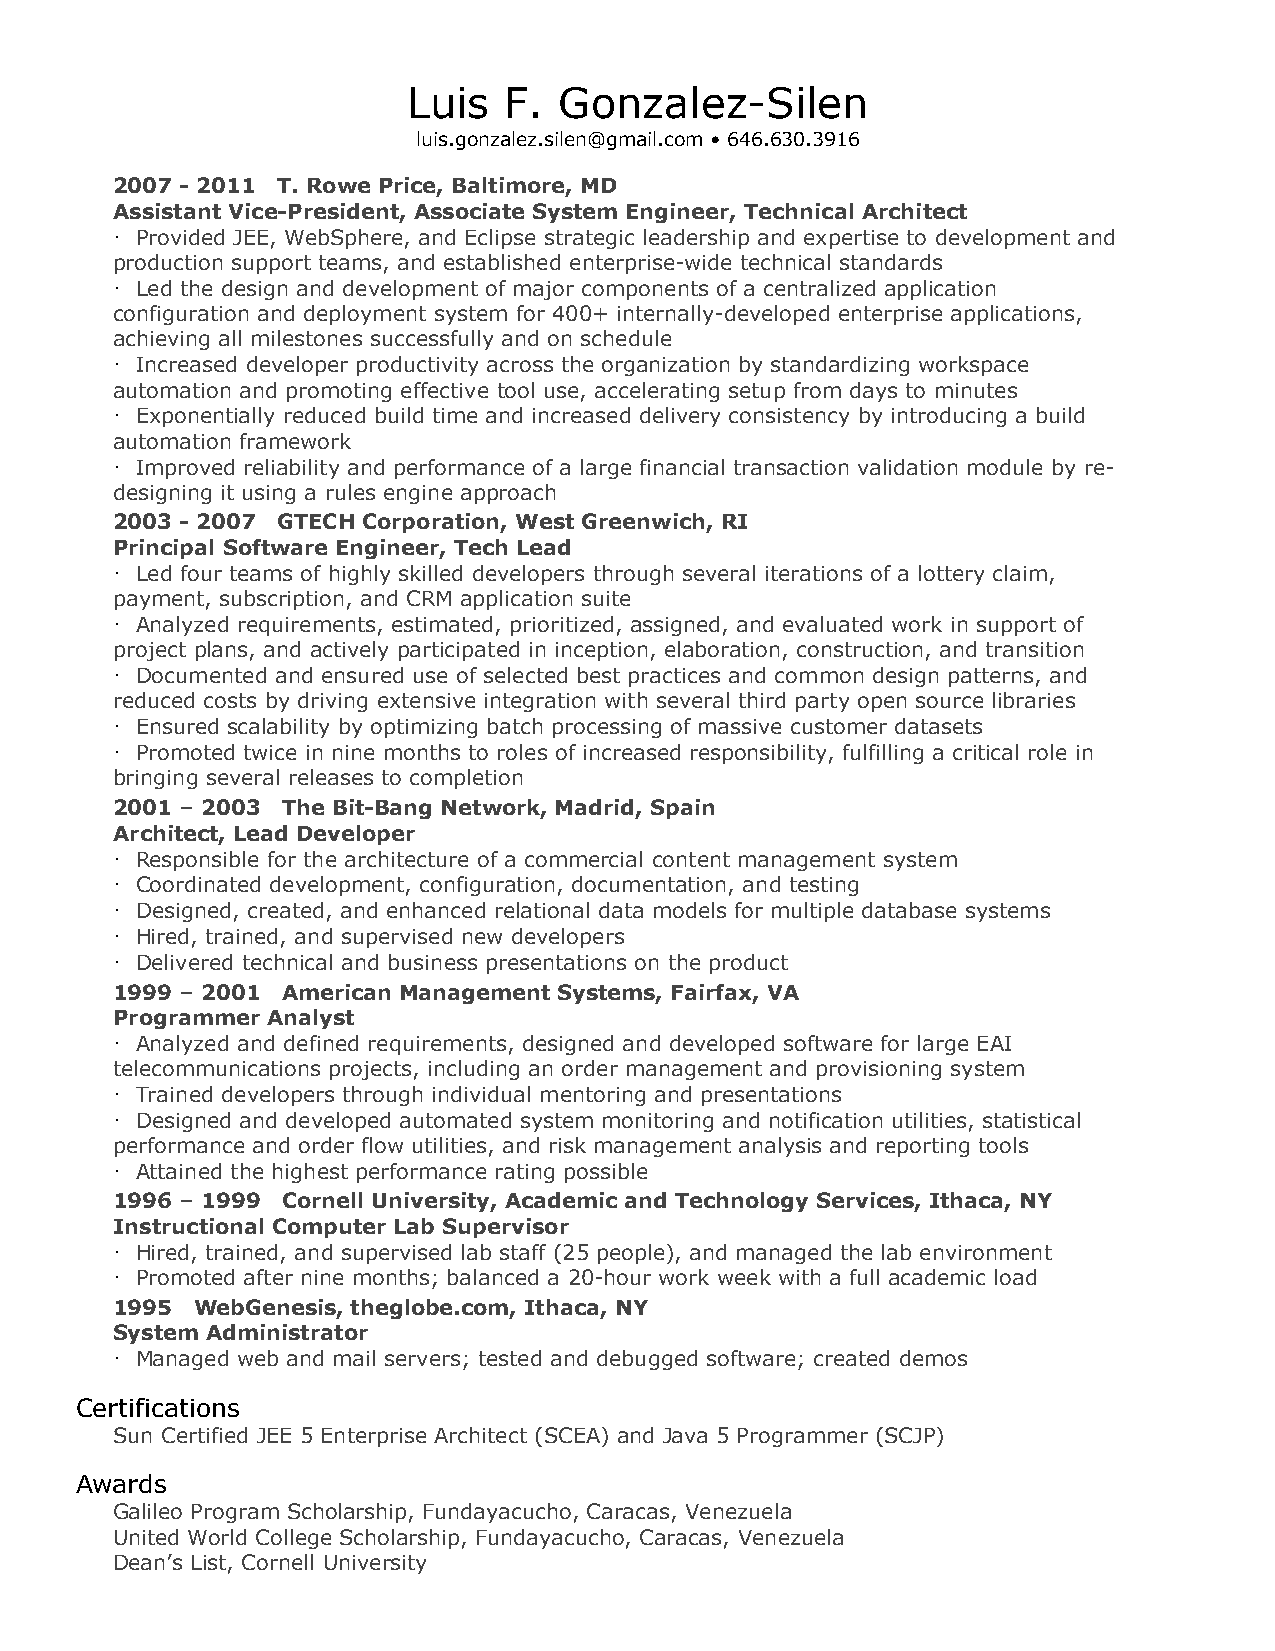
Luis  F.  Gonzalez-Silen
 luis.gonzalez.silen@gmail.com • 646.630.3916
 2007 - 2011 T. Rowe Price, Baltimore, MD
 Assistant Vice-President, Associate System Engineer, Technical Architect
 · Provided JEE, WebSphere, and Eclipse strategic leadership and expertise to development and
 production support teams, and established enterprise-wide technical standards
 · Led the design and development of major components of a centralized application
 configuration and deployment system for 400+ internally-developed enterprise applications,
 achieving all milestones successfully and on schedule
 · Increased developer productivity across the organization by standardizing workspace
 automation and promoting effective tool use, accelerating setup from days to minutes
 · Exponentially reduced build time and increased delivery consistency by introducing a build
 automation framework
 · Improved reliability and performance of a large financial transaction validation module by re-
 designing it using a rules engine approach
 2003 - 2007 GTECH Corporation, West Greenwich, RI
 Principal Software Engineer, Tech Lead
 · Led four teams of highly skilled developers through several iterations of a lottery claim,
 payment, subscription, and CRM application suite
 · Analyzed requirements, estimated, prioritized, assigned, and evaluated work in support of
 project plans, and actively participated in inception, elaboration, construction, and transition
 · Documented and ensured use of selected best practices and common design patterns, and
 reduced costs by driving extensive integration with several third party open source libraries
 · Ensured scalability by optimizing batch processing of massive customer datasets
 · Promoted twice in nine months to roles of increased responsibility, fulfilling a critical role in
 bringing several releases to completion
 2001 – 2003 The Bit-Bang Network, Madrid, Spain
 Architect, Lead Developer
 · Responsible for the architecture of a commercial content management system
 · Coordinated development, configuration, documentation, and testing
 · Designed, created, and enhanced relational data models for multiple database systems
 · Hired, trained, and supervised new developers
 · Delivered technical and business presentations on the product
 1999 – 2001 American Management Systems, Fairfax, VA
 Programmer Analyst
 · Analyzed and defined requirements, designed and developed software for large EAI
 telecommunications projects, including an order management and provisioning system
 · Trained developers through individual mentoring and presentations
 · Designed and developed automated system monitoring and notification utilities, statistical
 performance and order flow utilities, and risk management analysis and reporting tools
 · Attained the highest performance rating possible
 1996 – 1999 Cornell University, Academic and Technology Services, Ithaca, NY
 Instructional Computer Lab Supervisor
 · Hired, trained, and supervised lab staff (25 people), and managed the lab environment
 · Promoted after nine months; balanced a 20-hour work week with a full academic load
 1995  WebGenesis, theglobe.com, Ithaca, NY
 System Administrator
 · Managed web and mail servers; tested and debugged software; created demos
 Certifications
 Sun Certified JEE 5 Enterprise Architect (SCEA) and Java 5 Programmer (SCJP)
 Awards
 Galileo Program Scholarship, Fundayacucho, Caracas, Venezuela
 United World College Scholarship, Fundayacucho, Caracas, Venezuela
 Dean’s List, Cornell University